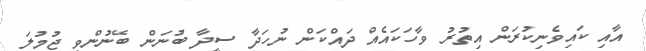
އާއި ކައިވެނިކުރަން އިތުރު ވާހަކައެއް ދައްކަން ނުހަދާ ސީދާ ބުނަން ބޭނުންވި ޖުމުލަ